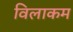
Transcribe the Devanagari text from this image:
विलाकम